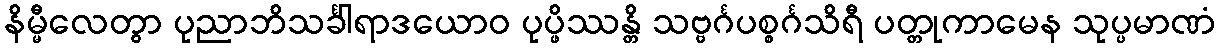
နိမ္မီလေတွာ ပုညာဘိသင်္ခါရာဒယောဝ ပုပ္ဖိဿန္တိ သဗ္ဗင်္ဂပစ္စင်္ဂသိရီ ပတ္တုကာမေန သုပ္ပမာဏံ